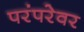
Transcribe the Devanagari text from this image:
परंपरेवर